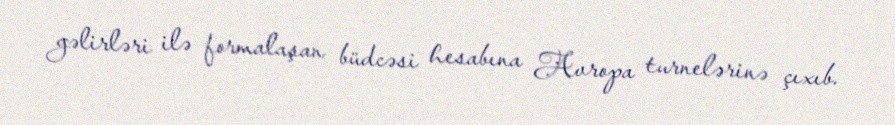
gəlirləri ilə formalaşan büdcəsi hesabına Avropa turnelərinə çıxıb.